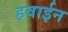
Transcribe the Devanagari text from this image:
हवाईन